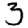
Digit: 3